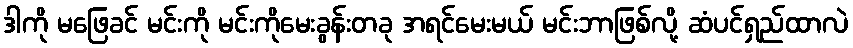
ဒါကို မဖြေခင် မင်းကို မင်းကိုမေးခွန်းတခု အရင်မေးမယ် မင်းဘာဖြစ်လို့ ဆံပင်ရှည်ထာလဲ